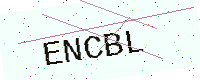
Text: ENCBL